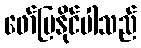
ဖော်ပြနိုင်ပါသည်